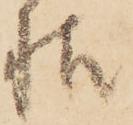
様